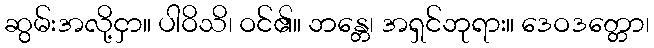
ဆွမ်းအလို့ငှာ။ ပါဝိသိ၊ ဝင်၏။ ဘန္တေ၊ အရှင်ဘုရား။ ဒေဝဒတ္တော၊